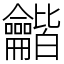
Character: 龤